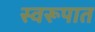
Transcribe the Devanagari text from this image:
स्‍वरूपात